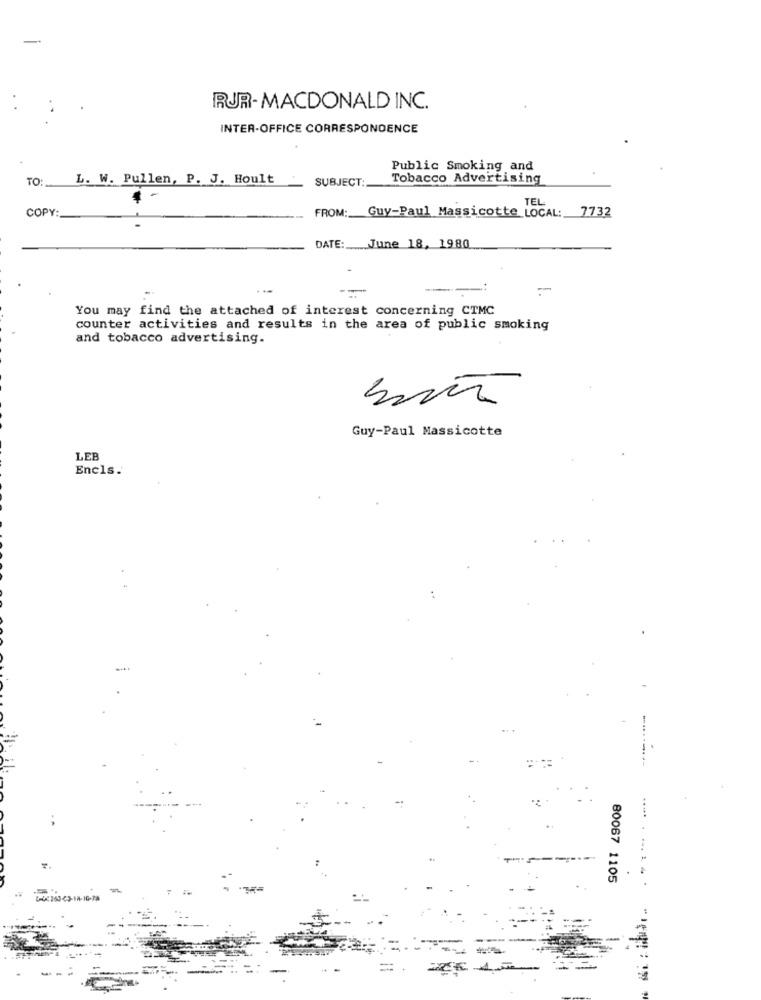
RUR-MACDONALD INC.
INTER-OFFICE CORRESPONDENCE
Public Smoking and
TO:
L. W. Pullen, P. J. Hoult
SUBJECT:
Tobacco Advertising
TEL
COPY:
FROM:
7732
Guy-Paul Massicotte LOCAL:
DATE:
June 18, 1980
-
You may find the attached of interest concerning CTMC
counter activities and results in the area of public smoking
and tobacco advertising.
Guy-Paul Massicotte
LEB
Encls.
80067 1105
. 1 4
-
: 199